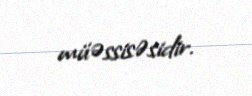
müəssisəsidir.